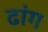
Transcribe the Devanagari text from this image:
ढांग